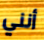
أنني